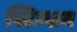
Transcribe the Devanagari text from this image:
स्टिम्सन